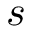
s